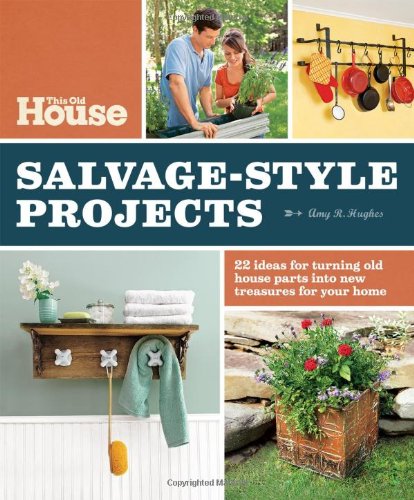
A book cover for This Old House Salvage-Style Projects: 22 Ideas for Turning Old House Parts Into New Treasures for Your Home; Amy R. Hughes; Crafts, Hobbies & Home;